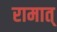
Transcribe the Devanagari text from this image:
रामात्